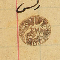
رىس سليم باز ١٨٨٣